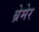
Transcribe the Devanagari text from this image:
ब्रेमेर